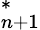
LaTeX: _{n+1}^{*}